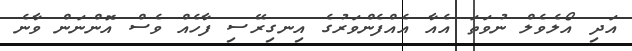
އަދި އޯލެވެލް ނުވަތަ އެއާ އެއްފެންވަރުގެ އިނގިރޭސި ފާހެއް ވެސް އޮންނަން ވާނެ